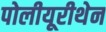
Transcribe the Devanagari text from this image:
पोलीयूरीथेन